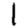
Digit: 1